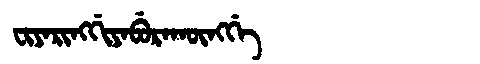
Manchu: ᠸᡳᠶᠠᡵᡳᠩᡤᡳᠶᠠᠪᡠᡵᠠᡴᡡᠩᡤᡝ
Romanization: FIYARINGGIYABURAKŪNGGE